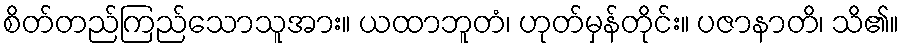
စိတ်တည်ကြည်သောသူအား။ ယထာဘူတံ၊ ဟုတ်မှန်တိုင်း။ ပဇာနာတိ၊ သိ၏။